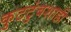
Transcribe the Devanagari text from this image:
कुटटुंबशाही